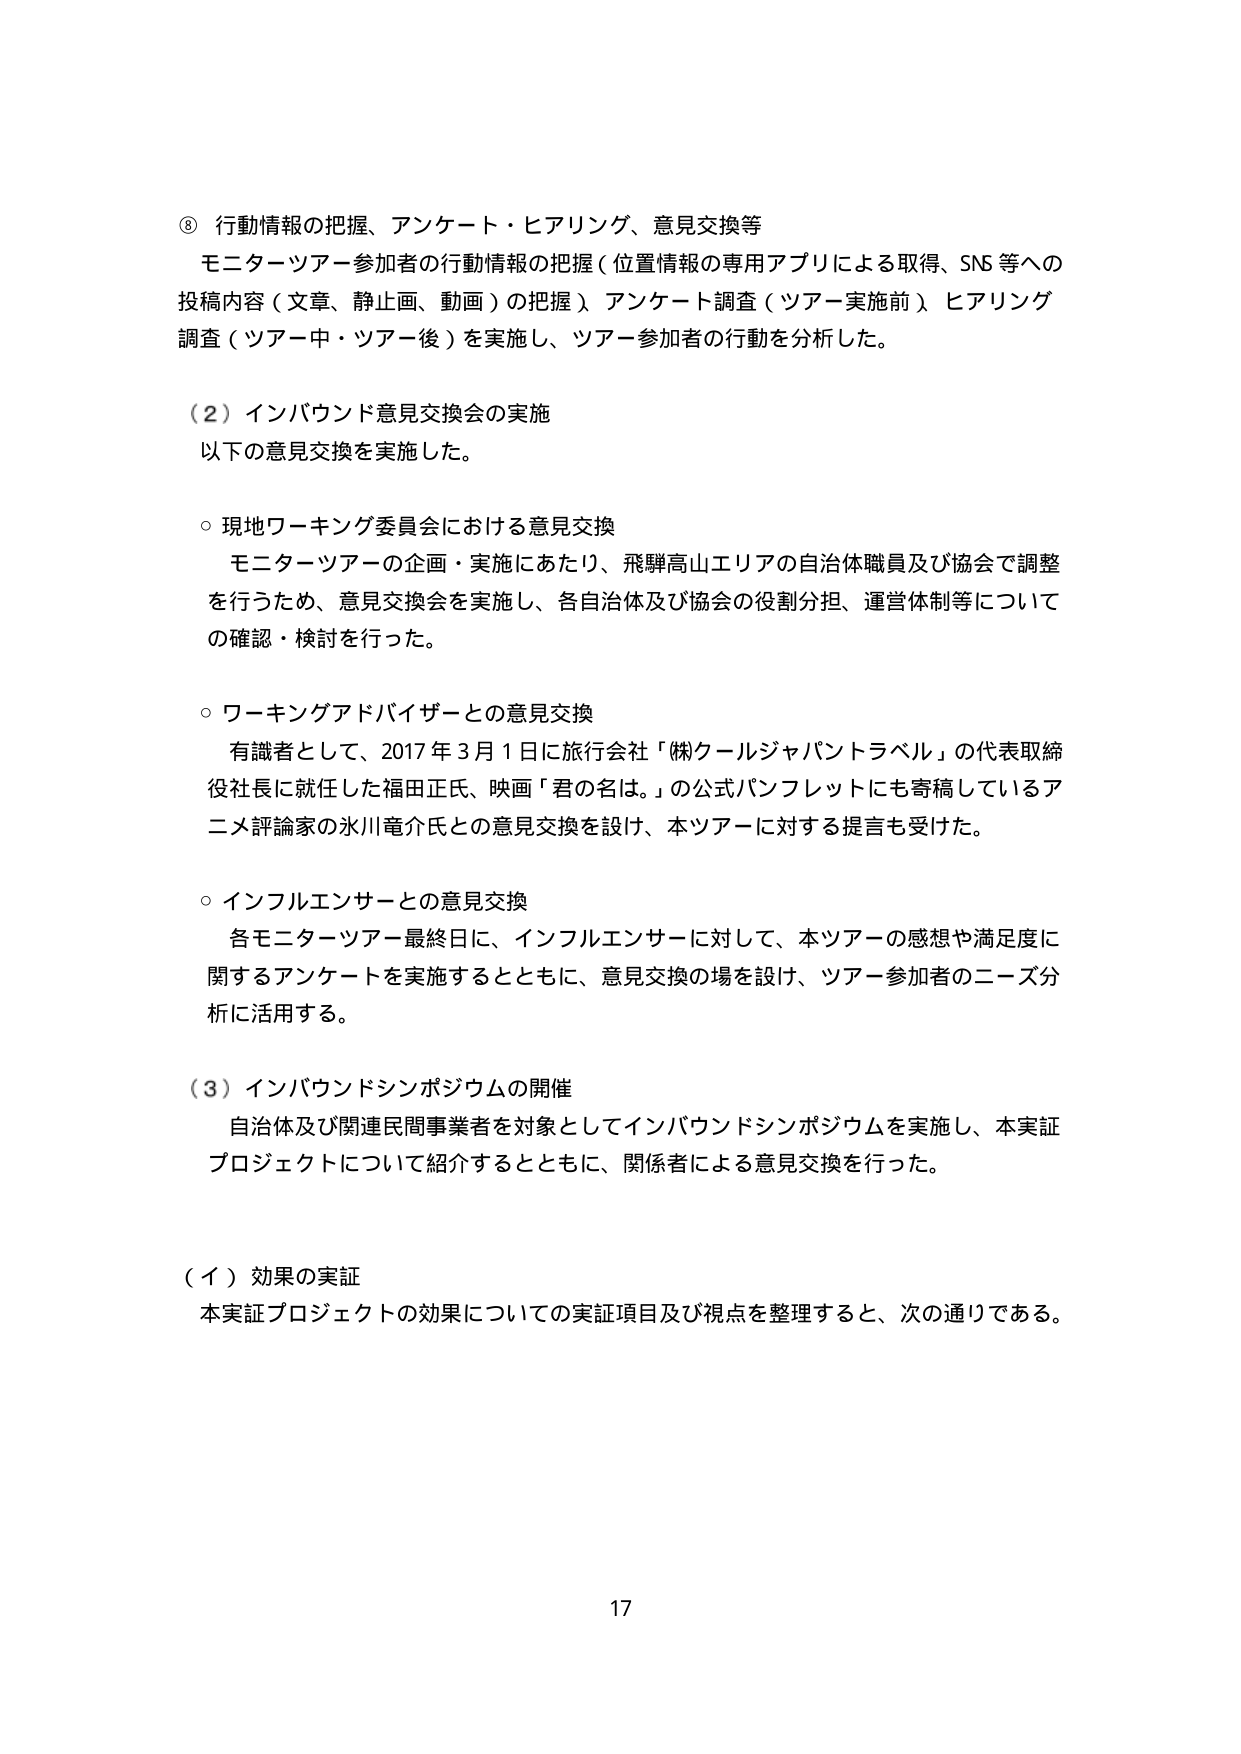
⑧ 行動情報の把握、アンケート・ヒアリング、意見交換等
モニターツアー参加者の行動情報の把握（位置情報の専用アプリによる取得、SNS等への投稿内容（文章、静止画、動画）の把握）、アンケート調査（ツアー実施前）、ヒアリング調査（ツアー中・ツアー後）を実施し、ツアー参加者の行動を分析した。

（２）インバウンド意見交換会の実施
以下の意見交換を実施した。

○ 現地ワーキング委員会における意見交換
モニターツアーの企画・実施にあたり、飛騨高山エリアの自治体職員及び協会で調整を行うため、意見交換会を実施し、各自治体及び協会の役割分担、運営体制等についての確認・検討を行った。

○ ワーキングアドバイザーとの意見交換
有識者として、2017年3月1日に旅行会社「㈱クールジャパントラベル」の代表取締役社長に就任した福田正氏、映画「君の名は。」の公式パンフレットにも寄稿しているアニメ評論家の水川竜介氏との意見交換を設け、本ツアーに対する提言も受けた。

○ インフルエンサーとの意見交換
各モニターツアー最終日に、インフルエンサーに対して、本ツアーの感想や満足度に関するアンケートを実施するとともに、意見交換の場を設け、ツアー参加者のニーズ分析に活用する。

（３）インバウンドシンポジウムの開催
自治体及び関連民間事業者を対象としてインバウンドシンポジウムを実施し、本実証プロジェクトについて紹介するとともに、関係者による意見交換を行った。

（イ）効果の実証
本実証プロジェクトの効果についての実証項目及び視点を整理すると、次の通りである。

17